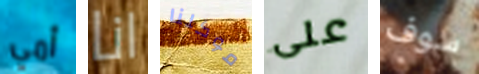
أمي انا موكلنا على سوف